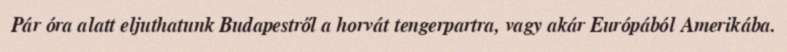
Pár óra alatt eljuthatunk Budapestről a horvát tengerpartra, vagy akár Európából Amerikába.